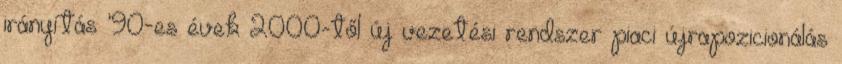
irányítás ’90-es évek 2000-től új vezetési rendszer piaci újrapozicionálás